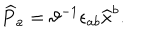
\widehat { P } _ { a } = \vartheta ^ { - 1 } \epsilon _ { a b } \widehat { x } ^ { b } .